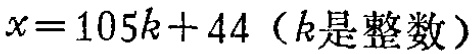
\(x = 105k + 44\)（\(k\)是整数）